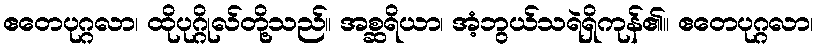
ဧတေပုဂ္ဂလာ၊ ထိုပုဂ္ဂိုလ်တို့သည်။ အစ္ဆရိယာ၊ အံ့ဘွယ်သရဲရှိကုန်၏။ ဧတေပုဂ္ဂလာ၊